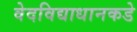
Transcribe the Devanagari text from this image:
वेदविद्याधानकडे